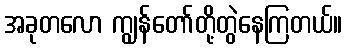
အခုတလော ကျွန်တော်တို့တွဲနေကြတယ်။